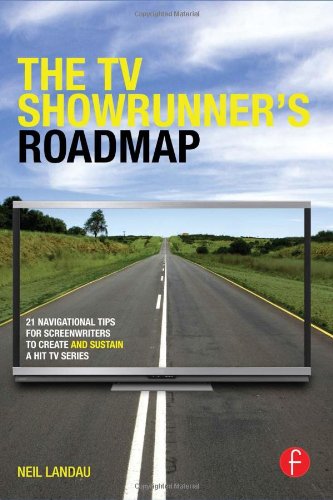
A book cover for The TV Showrunner's Roadmap: 21 Navigational Tips for Screenwriters to Create and Sustain a Hit TV Series; Neil Landau; Humor & Entertainment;